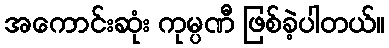
အကောင်းဆုံး ကုမ္ပဏီ ဖြစ်ခဲ့ပါတယ်။